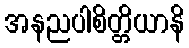
အနညပါစိတ္တိယာနိ